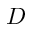
D